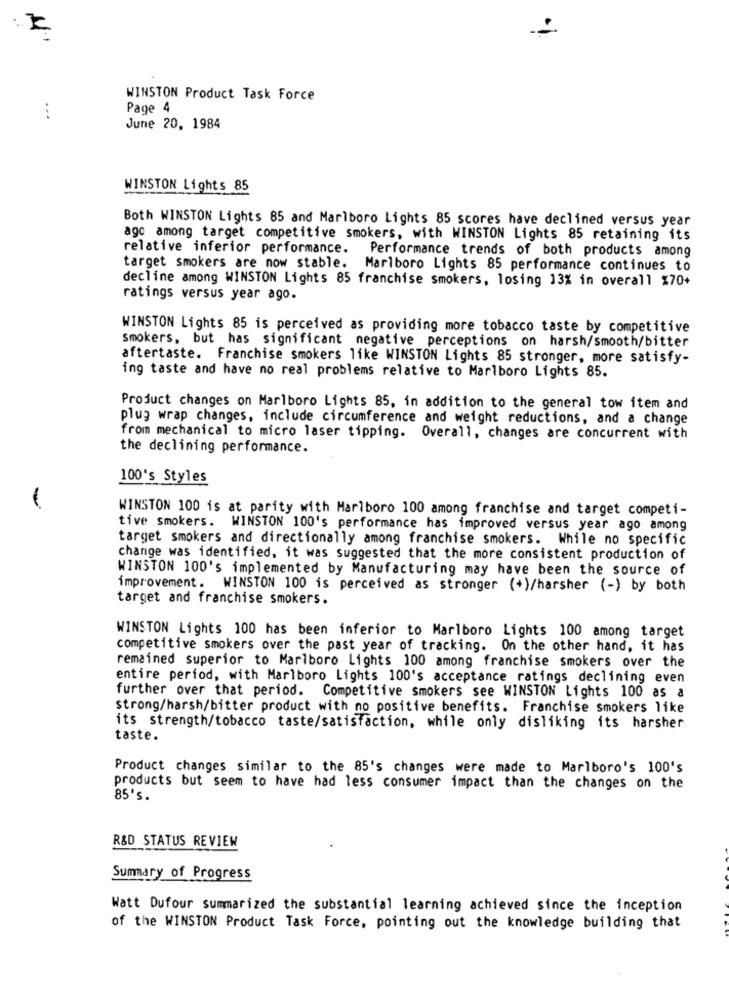
WINSTON Product Task Force
Page 4
June 20, 1984
WINSTON Lights 85
Both WINSTON Lights 85 and Marlboro Lights 85 scores have declined versus year
agc among target competitive smokers, with WINSTON Lights 85 retaining its
relative inferior performance.
Performance trends of both products among
target smokers are now stable. Marlboro Lights 85 performance continues to
decline among WINSTON Lights 85 franchise smokers, losing 13% in overall %70+
ratings versus year ago.
WINSTON Lights 85 is perceived as providing more tobacco taste by competitive
Smokers, but has significant negative perceptions on harsh/smooth/bitter
aftertaste. Franchise smokers like WINSTON Lights 85 stronger, more satisfy-
ing taste and have no real problems relative to Marlboro Lights 85.
Product changes on Marlboro Lights 85, in addition to the general tow item and
plug wrap changes, include circumference and weight reductions, and a change
from mechanical to micro laser tipping. Overall, changes are concurrent with
the declining performance.
100's Styles
WINSTON 100 is at parity with Marlboro 100 among franchise and target competi-
tive smokers.
WINSTON 100's performance has improved versus year ago among
target smokers and directionally among franchise smokers. While no specific
change was identified, it was suggested that the more consistent production of
WINSTON 100's implemented by Manufacturing may have been the source of
improvement.
WINSTON 100 is perceived as stronger (+)/harsher (-) by both
target and franchise smokers.
WINSTON Lights 100 has been inferior to Marlboro Lights 100 among target
competitive smokers over the past year of tracking. On the other hand, it has
remained superior to Marlboro Lights 100 among franchise smokers over the
entire period, with Marlboro Lights 100's acceptance ratings declining even
further over that period. Competitive smokers see WINSTON Lights 100 as a
strong/harsh/bitter product with no positive benefits. Franchise smokers like
its strength/tobacco taste/satisfaction, while only disliking its harsher
taste.
Product changes similar to the 85's changes were made to Marlboro's 100's
products but seem to have had less consumer impact than the changes on the
85's.
R&D STATUS REVIEW
Summary of Progress
Watt Dufour summarized the substantial learning achieved since the inception
of the WINSTON Product Task Force, pointing out the knowledge building that